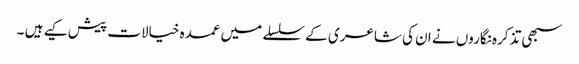
سبھی تذکرہ نگاروں نے ان کی شاعری کے سلسلے میں عمدہ خیالات پیش کیے ہیں ۔